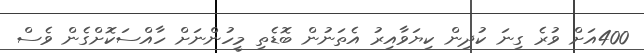
400އަށް ވުރެ ގިނަ ކުދިން ކިޔަވާއިރު އެތަނުން ބޮޑެތި މީހުންނަށް ހާއްސަކޮށްގެން ވެސް